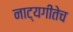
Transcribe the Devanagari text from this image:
नाट्यगीतेच